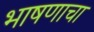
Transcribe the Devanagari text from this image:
भाषणाचा